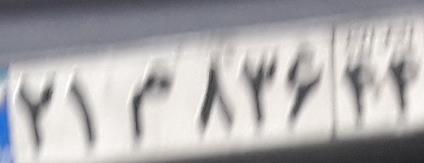
۲۱م۸۳۶۴۴